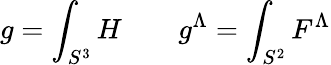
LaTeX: g=\int_{S^{3}}H\quad\quad g^{\Lambda}=\int_{S^{2}}F^{\Lambda}